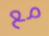
مع